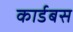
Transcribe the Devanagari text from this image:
कार्डबस